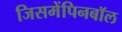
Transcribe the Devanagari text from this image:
जिसमेंपिनबॉल